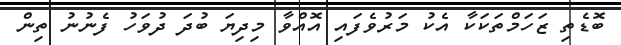
ބޮޑެތި ޒަހަމްތަކަކާ އެކު މަރުވެފައި އޮއްވާ މިދިޔަ ބުދަ ދުވަހު ފެނުނު ތިން